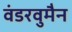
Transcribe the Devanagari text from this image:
वंडरवुमैन